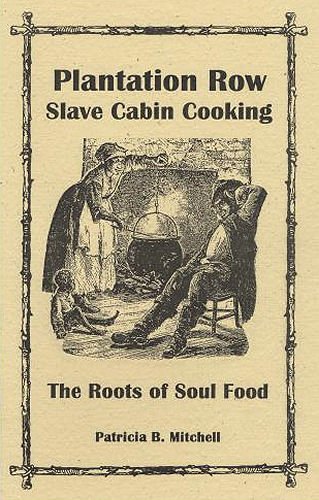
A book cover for Plantation Row Slave Cabin Cooking: The Roots of Soul Food; Patricia Mitchell; Cookbooks, Food & Wine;